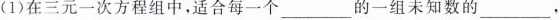
(1)在三元一次方程组中，适合每一个___的一组未知数的___